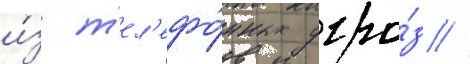
и́з т'ел'ефо́нных угро́з //